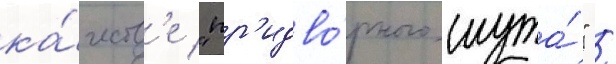
ка́честв'е "пр'идво́рного шута́" /